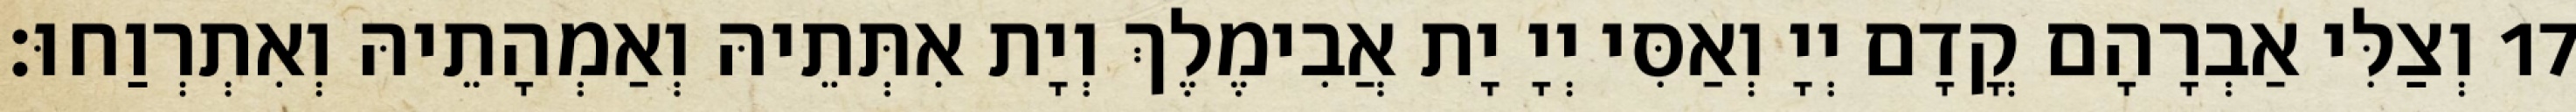
17 וְצַלִּי אַבְרָהָם קֳדָם יְיָ וְאַסִּי יְיָ יָת אֲבִימֶלֶךְ וְיָת אִתְּתֵיהּ וְאַמְהָתֵיהּ וְאִתְרְוַחוּ׃